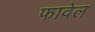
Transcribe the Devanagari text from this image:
फावेल